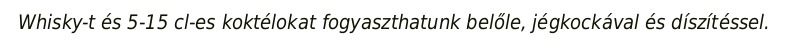
Whisky-t és 5-15 cl-es koktélokat fogyaszthatunk belőle, jégkockával és díszítéssel.